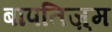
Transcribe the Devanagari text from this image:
बापतिज़्म